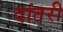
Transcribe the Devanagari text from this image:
दांतरी